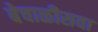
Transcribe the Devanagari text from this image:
बेचाळीसवा